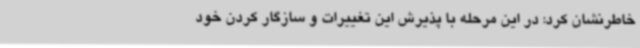
خاطرنشان کرد: در این مرحله با پذیرش این تغییرات و سازگار کردن خود